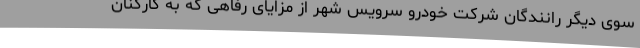
سوی دیگر رانندگان شرکت خودرو سرویس شهر از مزایای رفاهی که به کارکنان